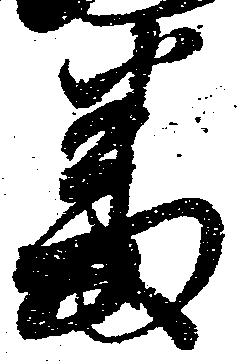
番